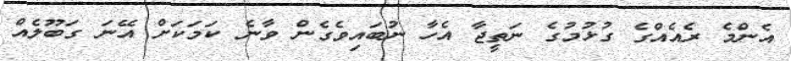
އެންމެ ރެއެއްގެ ގުޅުމުގެ ނަތީޖާ އެހާ ނުބައިވެގެން ވާނެ ކަމަކަށް އޭނަ ގަބޫލެއް